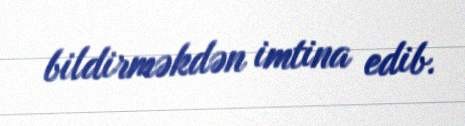
bildirməkdən imtina edib.